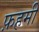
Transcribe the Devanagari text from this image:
फ़हमी